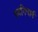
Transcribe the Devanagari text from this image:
ध्वनिमार्ग